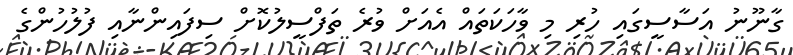
ގާނޫނު އަސާސީގައި ހުރި މި ވާހަކަތައް އެއަށް ވުރެ ތަފްސީލުކޮށް ސިފައިންނާއި ފުލުހުންގެ